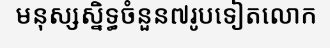
មនុស្សស្និទ្ធចំនួន៧រូបទៀតលោក